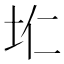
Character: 𮰛